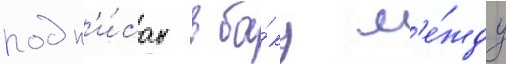
подп'и́сан в ба́ку м'е́жду